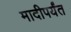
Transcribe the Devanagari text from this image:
मादीपर्यंत